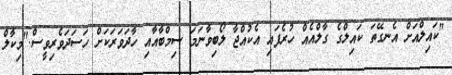
"ކައިލްއަށް އެނގޭތަ ކައިލްގެ ގާލްއެއް ހުރެފައި އެކުއްޖާ ލޯބިވާނަމަ ސިމްބާއާއި ހާދަވަރަކަށް ހަސަދަވެރިވީސް."މިކާލް